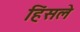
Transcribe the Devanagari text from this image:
हिंसले